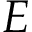
E